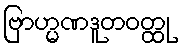
ဗြာဟ္မဏဒူတဝတ္ထု